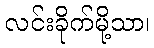
လင်းခိုက်မို့သာ၊